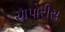
ચાપોરીસ